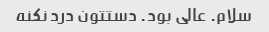
سلام. عالی بود. دستتون درد نکنه